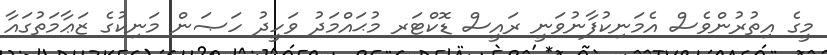
މީގެ އިތުރުންވެސް އެމަނިކުފާނުވަނީ ރައީސް ޑޮކްޓަރ މުޙައްމަދު ވަހީދު ހަޞަން މަނިކުގެ ޒަޢާމަތުގައާ